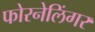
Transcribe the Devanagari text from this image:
फोरनेलिंगर